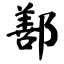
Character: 鄯